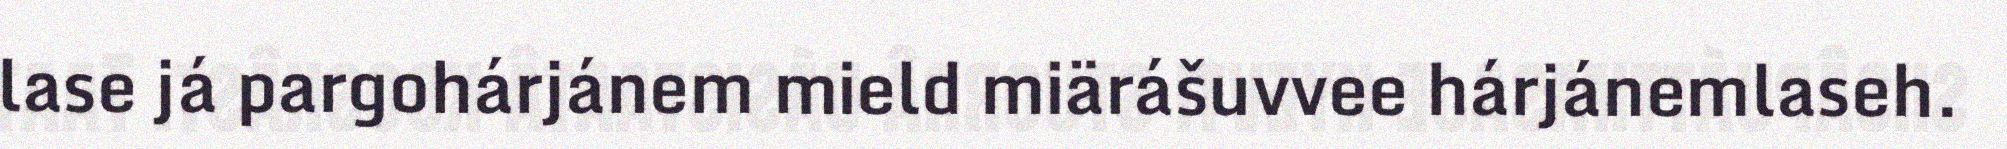
lase já pargohárjánem mield miärášuvvee hárjánemlaseh.